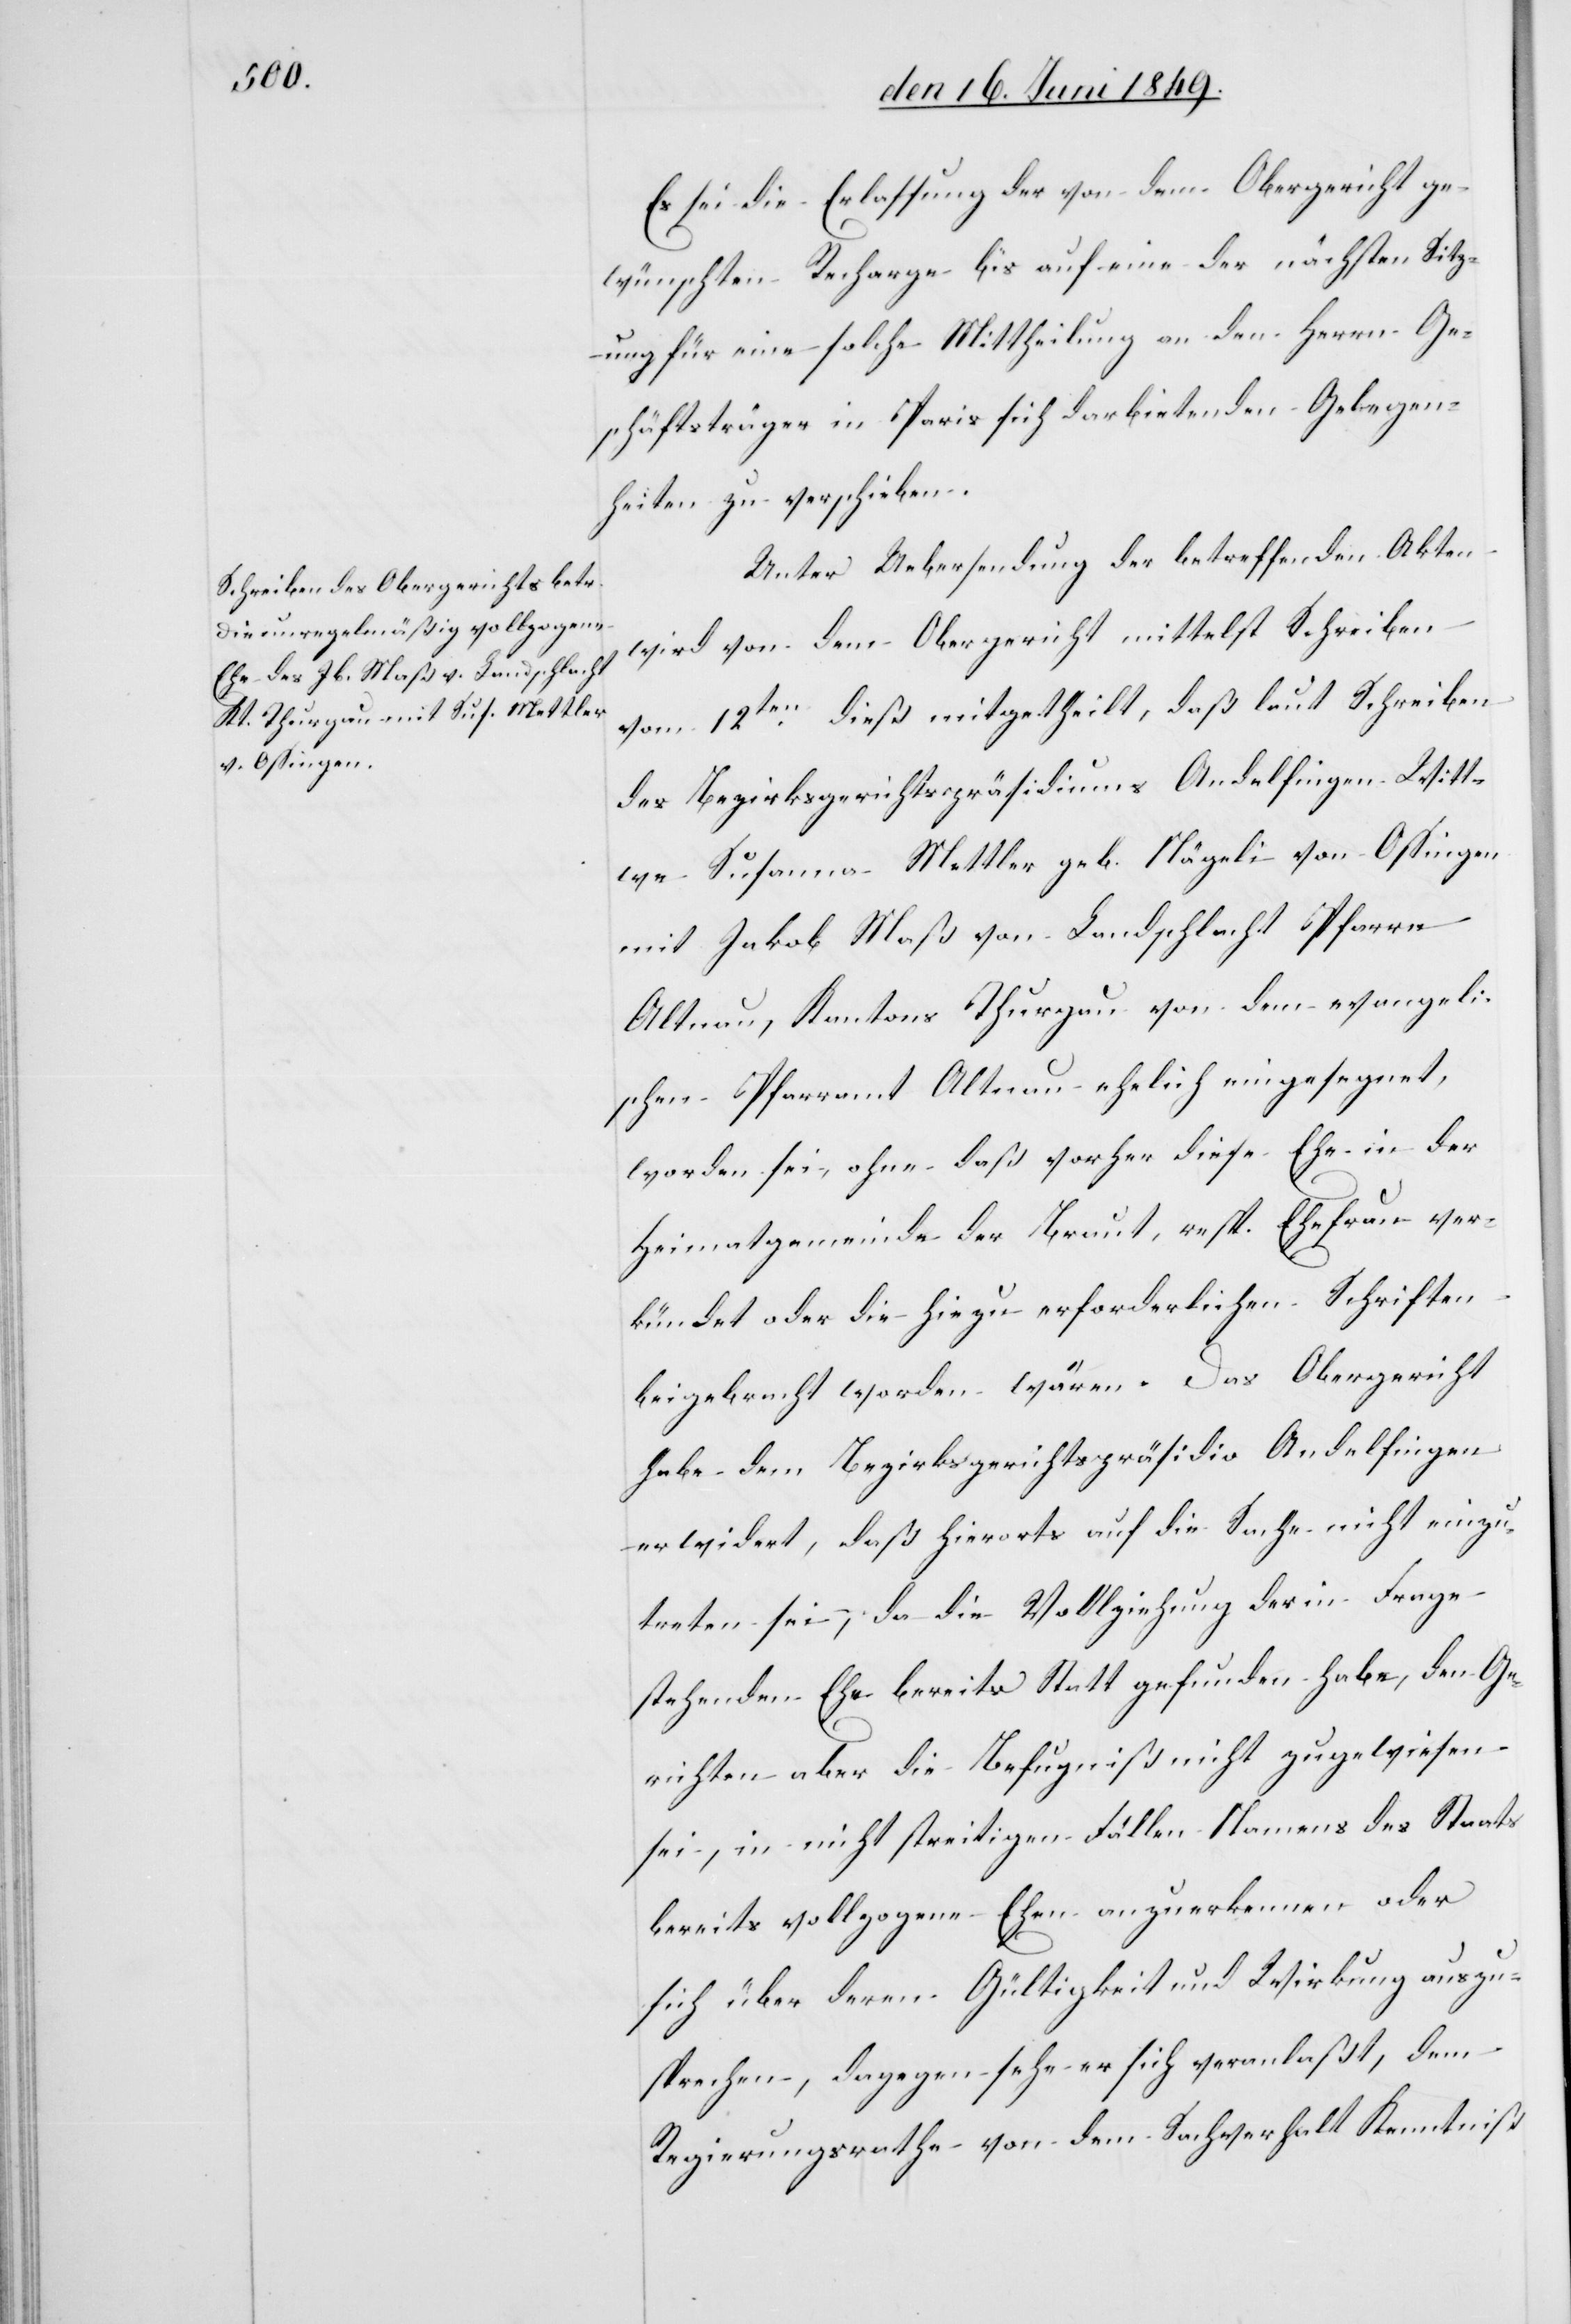
Es sei die Erlassung der von dem Obergericht ge¬
wünschten Recharge bis auf eine der nächsten Sitz¬
ung für eine solche Mittheilung an den Herrn Ge¬
schäftsträger in Paris sich darbietenden Gelegen¬
heiten zu verschieben.
Unter Uebersendung der betreffenden Akten
wird von dem Obergericht mittelst Schreiben
vom 12ten dieß mitgetheilt, daß laut Schreiben
des Bezirksgerichtspräsidiums Andelfingen Witt¬
we Susanna Mettler geb. Nägeli von Ossingen
mit Jakob Maß von Landschaft Pfarre
Altnau, Kantons Thurgau von dem evangeli¬
schen Pfarramt Altnau ehelich eingesegnet,
worden sei, ohne daß vorher diese Ehe in der
Heimatgemeinde der Braut, resp. Ehefrau ver¬
kündet oder die hiezu erforderlichen Schriften
beigebracht worden wären. Das Obergericht
habe dem Bezirksgerichtspräsidio Andelfingen
erwidert, daß hierorts auf die Sache nicht einzu¬
treten sei, da die Vollziehung der in Frage
stehenden Ehe bereits Statt gefunden habe, den Ge¬
richten aber die Befugniß nicht zugewiesen
sei, in nicht streitigen Fällen Namens des Staats
bereits vollzogene Ehen anzuerkennen oder
sich über deren Gültigkeit und Wirkung auszu¬
sprechen, dagegen sehe er sich veranlaßt, dem
Regierungsrathe von dem Sachverhalt Kenntniß